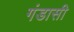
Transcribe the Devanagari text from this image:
गंडासी